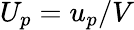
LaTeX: U_{p}=u_{p}/V